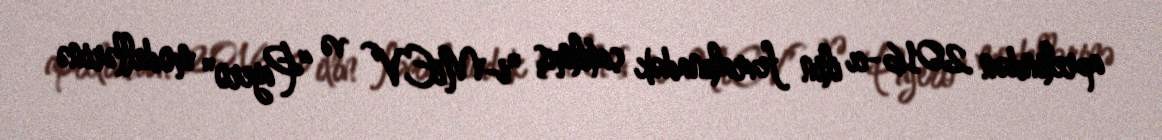
aprelindən 2016-cı ilin fevralınadək satılmış "i-MiEV” və “Pajero" modellərinə